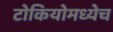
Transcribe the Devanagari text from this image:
टोकियोमध्येच